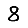
Digit: 8